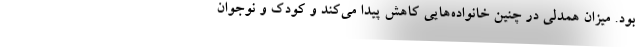
بود. میزان همدلی در چنین خانواده‌هایی کاهش پیدا می‌کند و کودک و نوجوان